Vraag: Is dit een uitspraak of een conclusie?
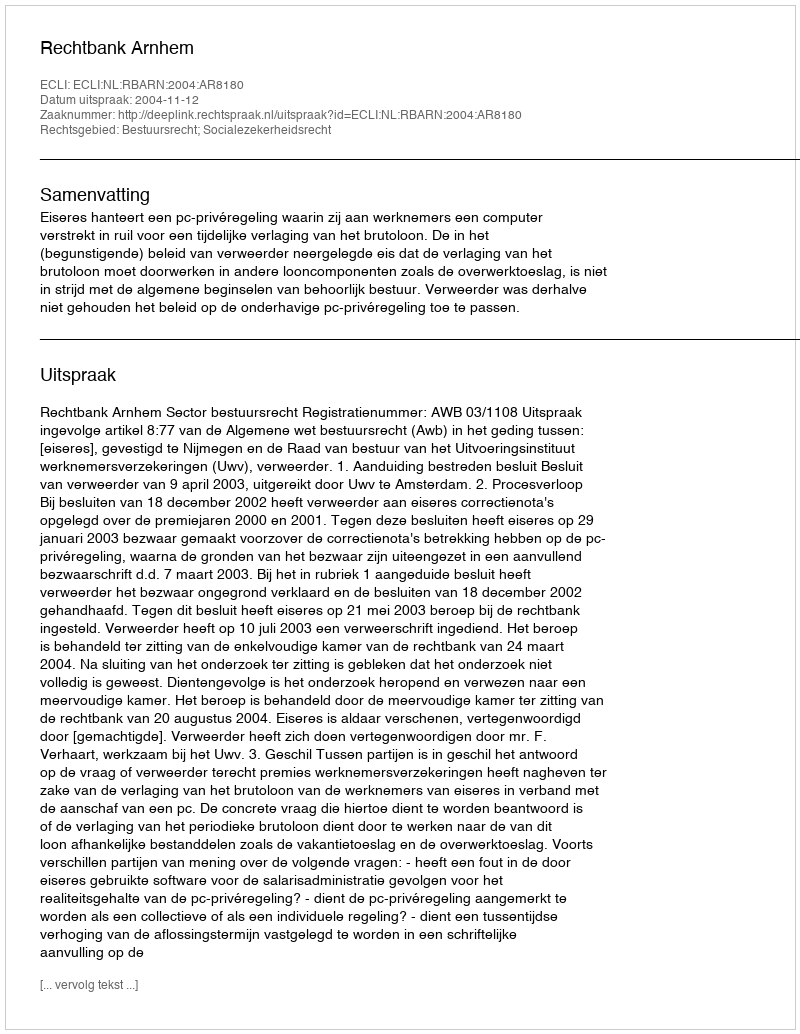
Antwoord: Uitspraak